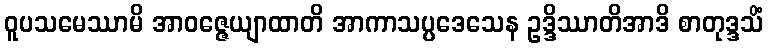
ဝူပသမေဿာမိ အာဝဇ္ဇေယျာထာတိ အာကာသပ္ပဒေသေန ဥဒ္ဒိဿာတိအာဒိ စာတုဒ္ဒသိံ